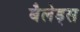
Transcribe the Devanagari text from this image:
बैलेड्स